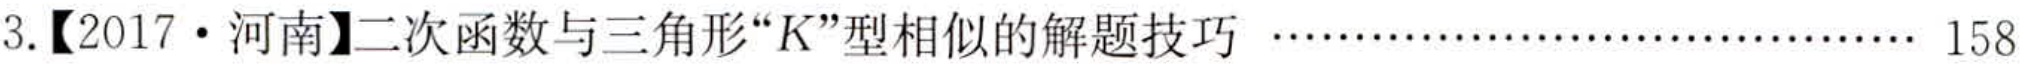
3.【2017·河南】二次函数与三角形“K”型相似的解题技巧 …………………………… 158